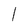
Character: l